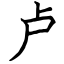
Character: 卢